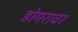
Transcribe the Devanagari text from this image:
डोगरावर